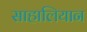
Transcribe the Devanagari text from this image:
साहालियान